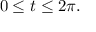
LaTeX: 0 \leq t \leq 2 \pi .